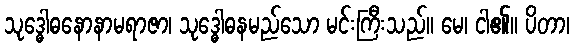
သုဒ္ဓေါဓနောနာမရာဇာ၊ သုဒ္ဓေါဓနမည်သော မင်းကြီးသည်။ မေ၊ ငါ၏။ ပိတာ၊